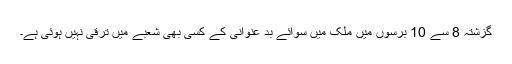
گزشتہ 8 سے 10 برسوں میں ملک میں سوائے بد عنوانی کے کسی بھی شعبے میں ترقی نہیں ہوئی ہے۔